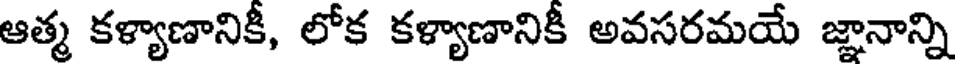
ఆత్మ కళ్యాణానికీ, లోక కళ్యాణానికీ అవసరమయే జ్ఞానాన్ని